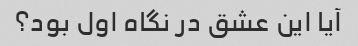
آیا این عشق در نگاه اول بود؟